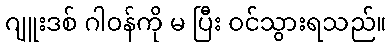
ဂျူးဒစ် ဂါဝန်ကို မ ပြီး ဝင်သွားရသည်။